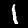
Label: 1